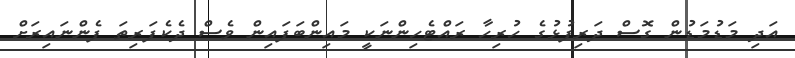
އަދި މަޑުމަޑުން ގޮސް ދަރިފުޅުގެ ހުރިހާ ރައްޓެހިންނަކީ މައިންބަފައިން ވެސް ދެކެފަރިތަ ފެންނައިރަށް